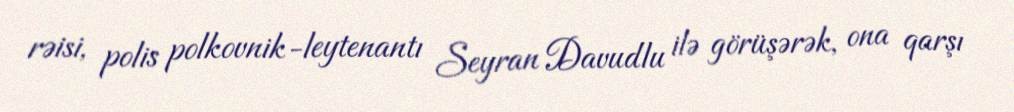
rəisi, polis polkovnik-leytenantı Seyran Davudlu ilə görüşərək, ona qarşı